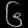
Digit: ၆